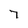
Character: 7